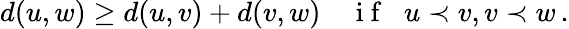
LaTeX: d(u,w)\geq d(u,v)+d(v,w)\quad\mathrm{~i~f~}\; \; u\prec v,v\prec w\, .